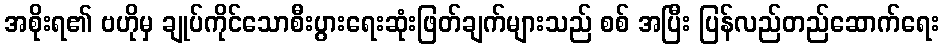
အစိုးရ၏ ဗဟိုမှ ချုပ်ကိုင်သောစီးပွားရေးဆုံးဖြတ်ချက်များသည် စစ် အပြီး ပြန်လည်တည်ဆောက်ရေး